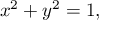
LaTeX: x ^ { 2 } + y ^ { 2 } = 1 ,